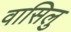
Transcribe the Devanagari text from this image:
वासिलु